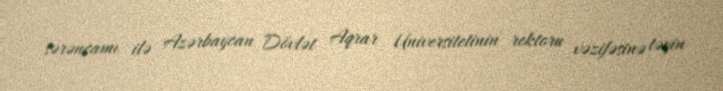
sərəncamı ilə Azərbaycan Dövlət Aqrar Universitetinin rektoru vəzifəsinə təyin